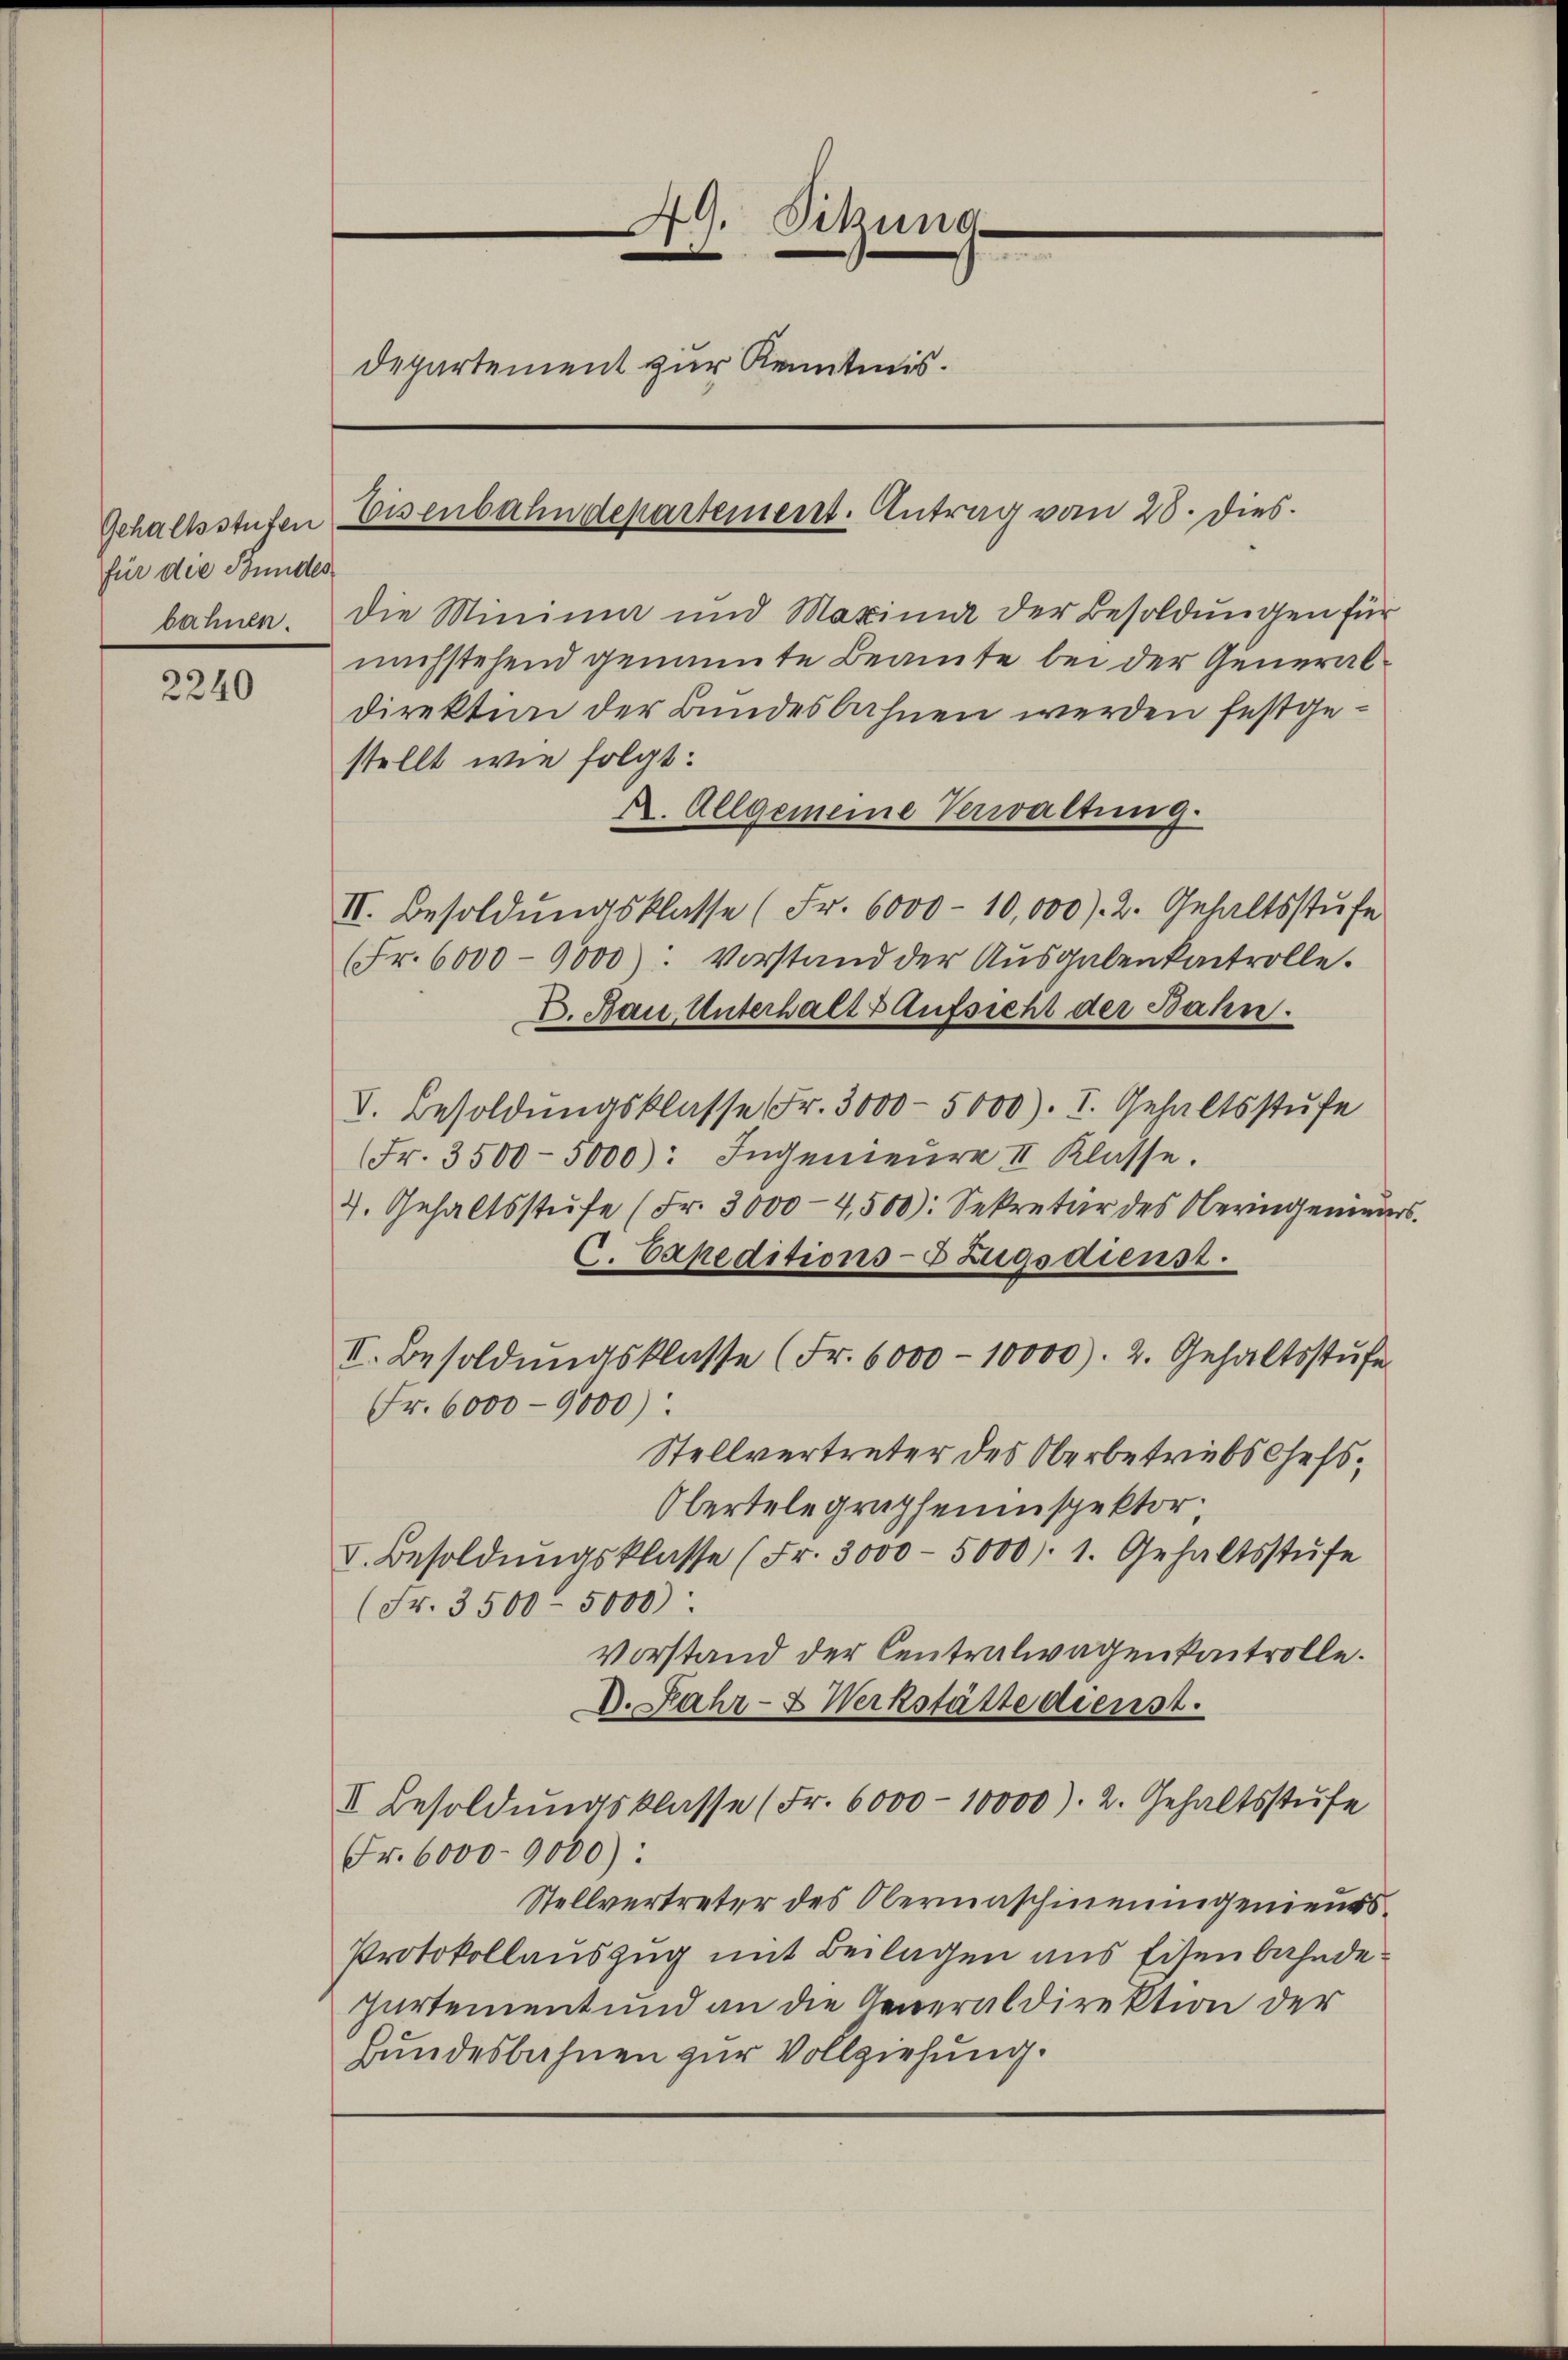
Gehaltsstufen
für die Bundes

2240

bahnen. Die Minimm und Maxinn der Besoldungen für
nachstehend genannte Beamte bei der Generaldirektion der Bundesbahnen werden festgestellt wie folgt:
R. Allgemeine Verwaltung.
II. Besoldŭngsklasse (Fr. 6000 - 10,000 f. 2. Gehaltsstŭfe
Fr. 6000-9000): Vorstand der Ausgabenkontrolle.
E. Bau Unterhalt & Aufsicht der Bahn.
V. Besoldŭngsklasse Fr. 3000 - 5000). I. Gehaltsstufe
(Fr. 3500-5000): Ingenieure II Klasse.
2. Gehaltsstufe (Fr. 3000-4,500): Sekretär des Oberingenieurs.
C. Papeditions- Zugsdienst.
II. Besoldŭngsklasse (Fr. 6000 - 10000). 2. Gehaltsstŭfe
Fr. 6000 - 9000):
Stellvertreter des Oberbetrübs Chefs¬
Obertelegrapheninspektor
V. Besoldŭngsklasse (Fr. 3000 - 5000. 1. Gehaltsstufe
(Fr. 3500 - 5000):
Vorstand der Centralwagenkontrolle.
D. Jahr- & Werkstätte dienst.
I Besoldŭngsklasse (Fr. 6000 - 10000). 2. Gehaltsstufe
Fr. 6000- 9000):
Stellvertreter des Obermaschineingenieurs¬
Protokollauszug mit Beilagen aus Eisenbahndepürtement und an die Generaldirektion der
Bundesbahnen zur Vollziehung.

49. Sitzung
n
.
en
Departement zur Kenntnis.

Eisenbahndepartement. Antrag vom 28. Dies